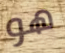
هو